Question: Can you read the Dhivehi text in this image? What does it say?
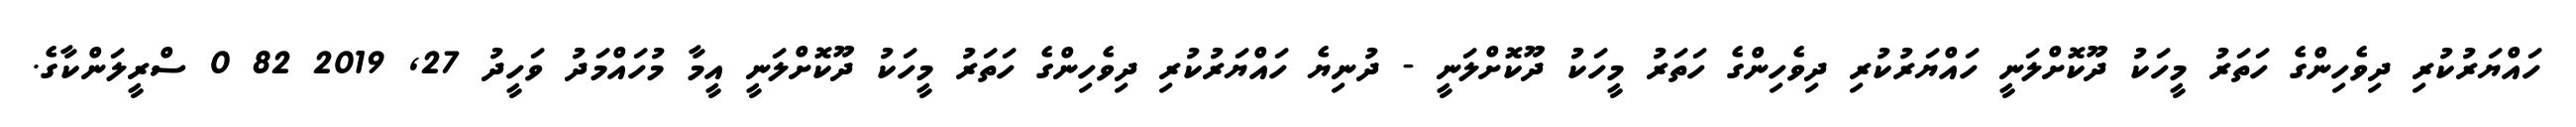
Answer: ހައްޔަރުކުރި ދިވެހިންގެ ހަތަރު މީހަކު ދޫކޮށްލަނީ ހައްޔަރުކުރި ދިވެހިންގެ ހަތަރު މީހަކު ދޫކޮށްލަނީ - ދުނިޔެ ހައްޔަރުކުރި ދިވެހިންގެ ހަތަރު މީހަކު ދޫކޮށްލަނީ އީމާ މުހައްމަދު ވަހީދު 27, 2019 82 0 ސްރީލަންކާގެ.